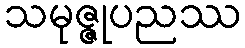
သမုဇ္ဇုပညဿ